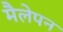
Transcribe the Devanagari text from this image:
मैलेपन